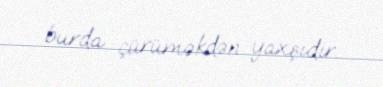
burda çürüməkdən yaxşıdır.